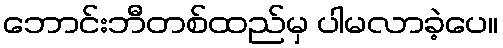
ဘောင်းဘီတစ်ထည်မှ ပါမလာခဲ့ပေ။